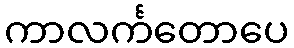
ကာလင်္ကတောပေ